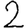
Digit: 2